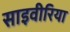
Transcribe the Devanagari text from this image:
साइवीरिया